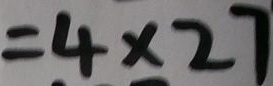
= 4 \times 2 7